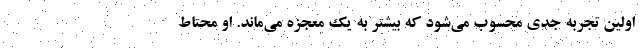
اولین تجربه‌ جدی محسوب می‌شود که بیشتر به یک معجزه می‌ماند. او محتاط